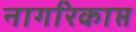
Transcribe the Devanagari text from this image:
नागरिकाप्त